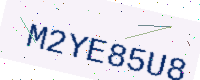
Text: M2YE85U8